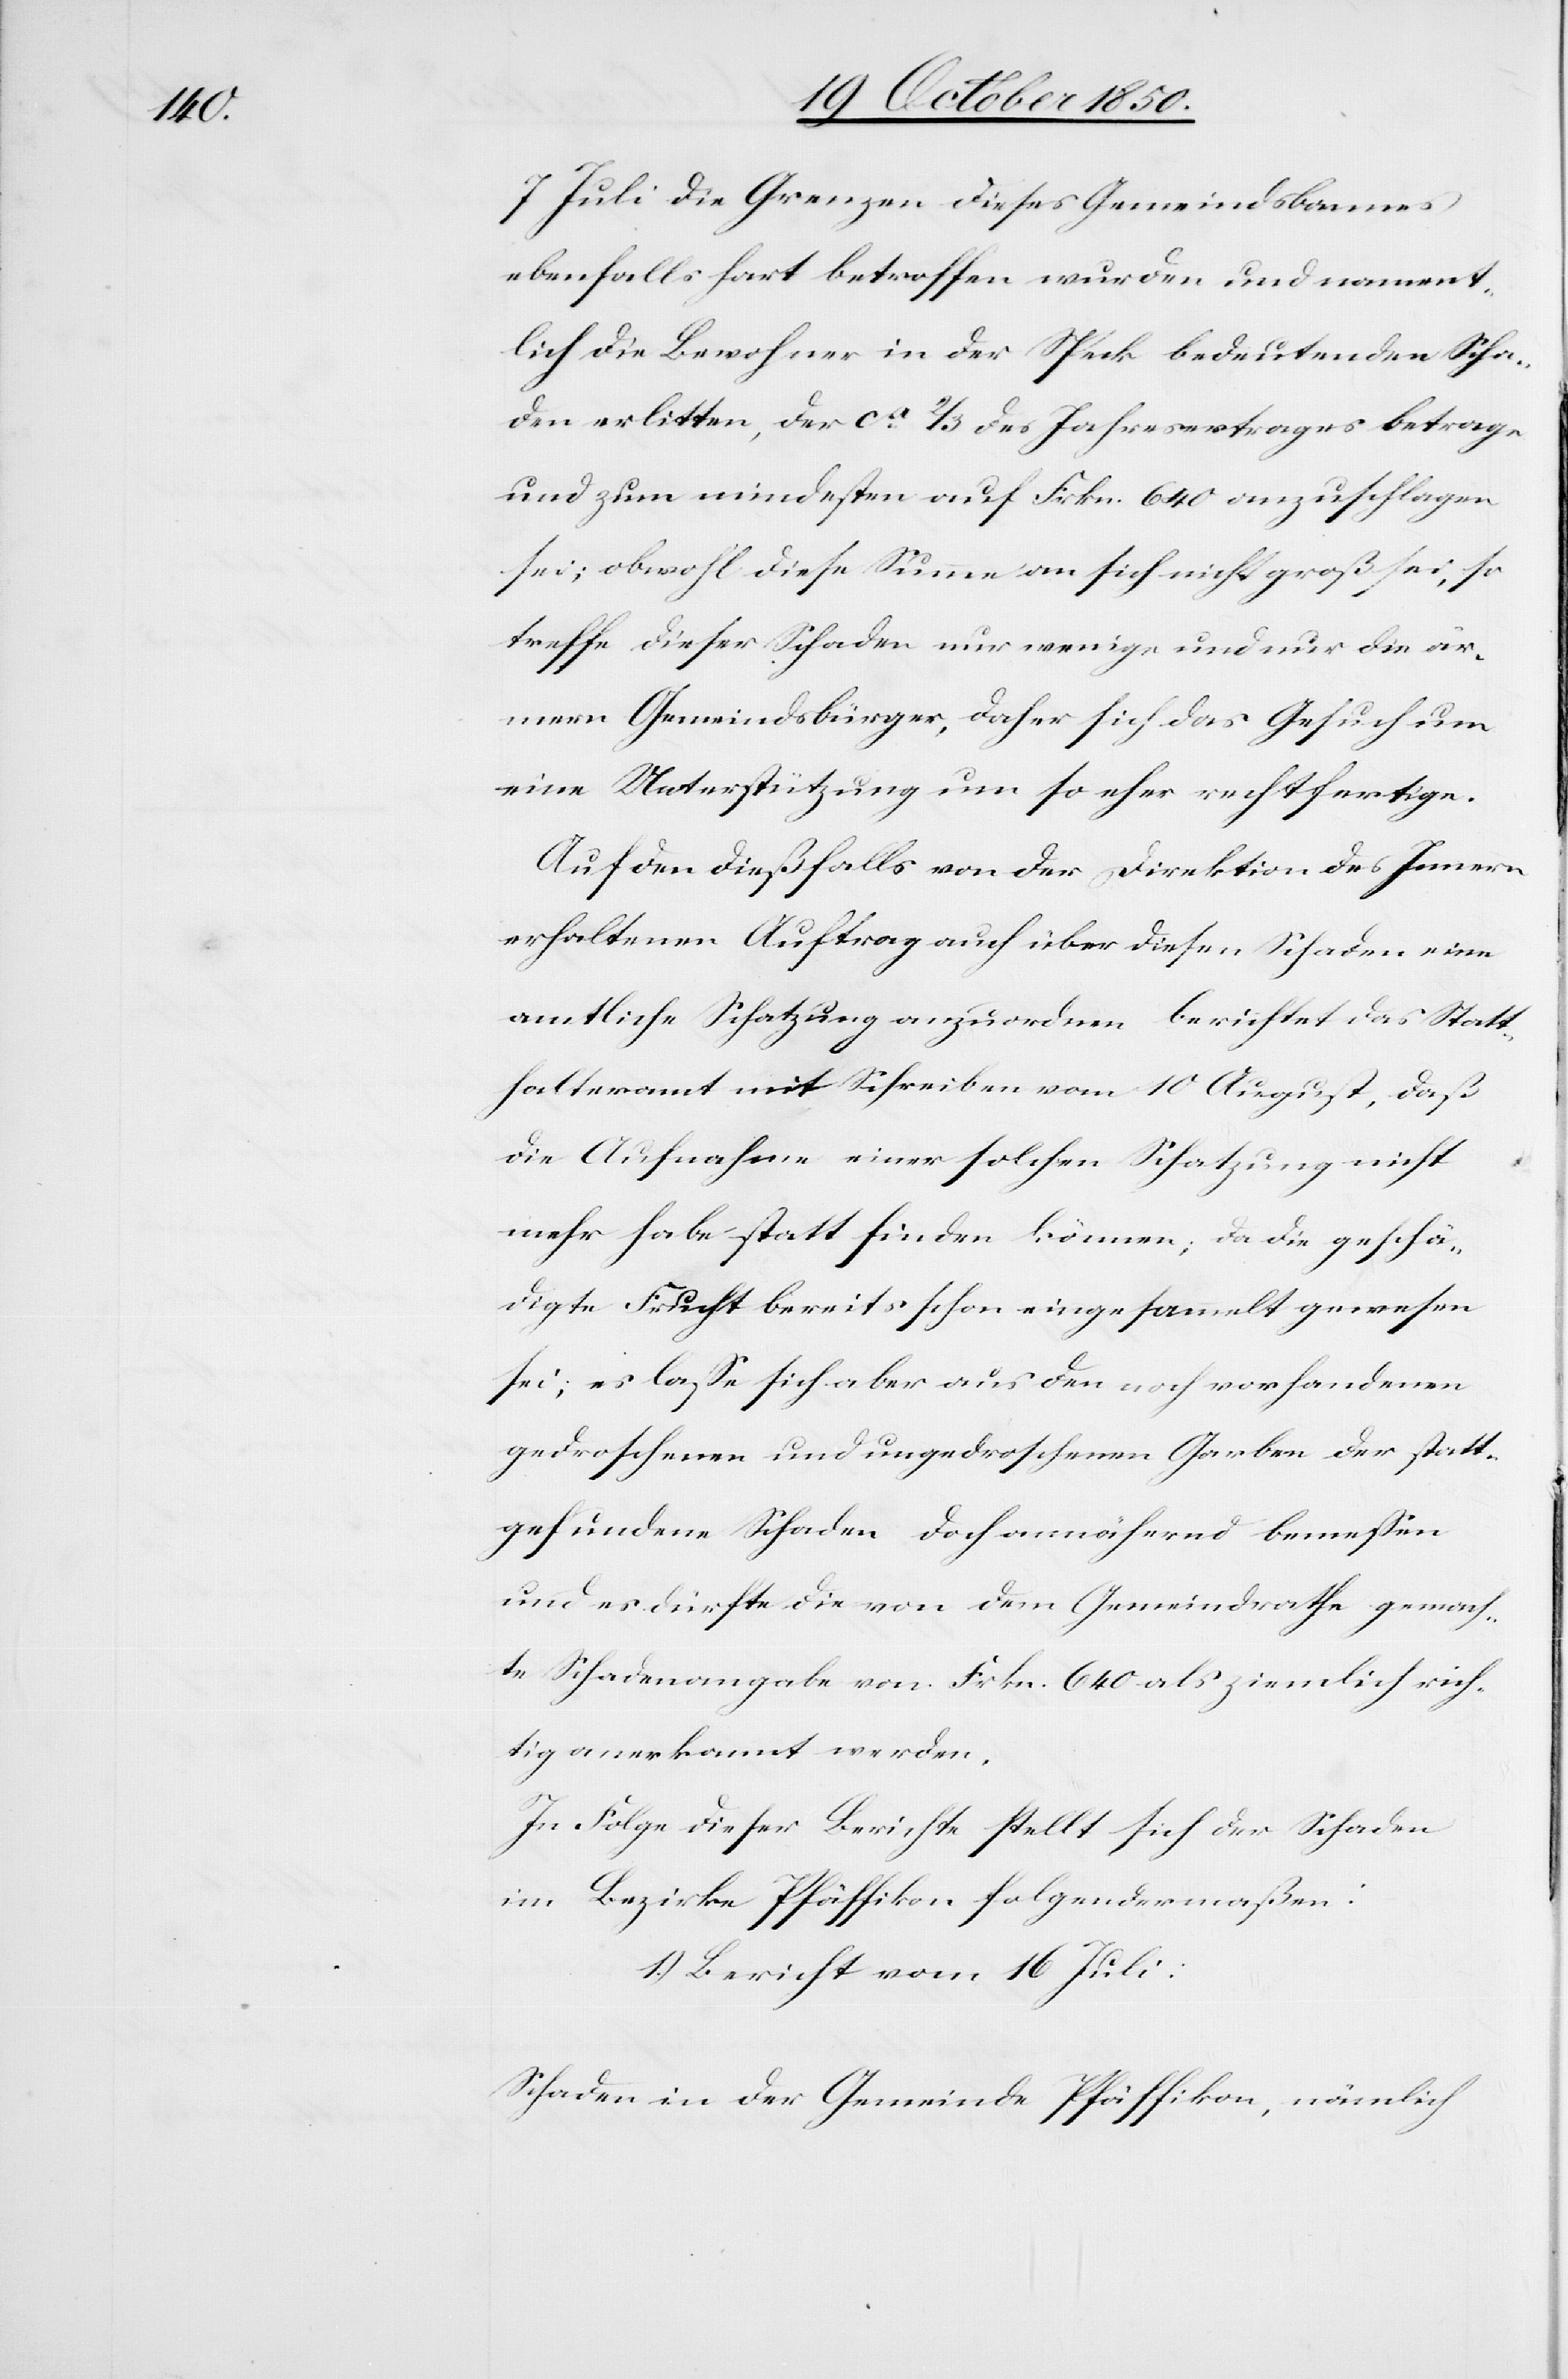
7 Juli die Grenzen dieses Gemeindsbannes
ebenfalls hart betroffen wurden und nament¬
lich die Bewohner in der Speck bedeutenden Scha¬
den erlitten, der ca 2/3 des Jahresvertrages betrage
und zum mindesten auf Frkn. 640 anzuschlagen
sei; obwohl diese Summe an sich nicht groß sei, so
treffe dieser Schaden nur wenige und nur die är¬
mern Gemeindsbürger, daher sich das Gesuch um
eine Unterstützung um so eher rechtfertige.
Auf den dießfalls von der Direktion des Innern
erhaltenen Auftrag auch über diesen Schaden eine
amtliche Schatzung anzuordnen berichtet das Statt¬
halteramt mit Schreiben vom 10 August, daß
die Aufnahme einer solchen Schatzung nicht
mehr habe statt finden können; da die geschä¬
digte Frucht bereits schon eingesammelt gewesen
sei; es lasse sich aber aus den noch vorhandenen
gedroschenen und ungedroschenen Garben der statt¬
gefundene Schaden doch annähernd bemessen
und es dürfte die von dem Gemeindrathe gemach¬
te Schadenangabe von Frkn. 640 als ziemlich rich¬
tig anerkannt werden,
In Folge dieser Berichte stellt sich der Schaden
im Bezirke Pfäffikon folgendermaßen:
1.) Bericht vom 16 Juli:
Schaden in der Gemeinde Pfäffikon, nämlich